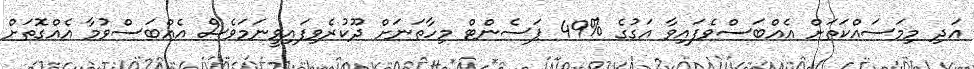
އަދި މިމަސައްކަތަށް އެއްބަސްވެފައިވާ އަގުގެ %49 ޕަސެންޓް މިހާތަނަށް ދޫކުރެވިފައިވީނަމަވެސް އެއްބަސްވުމާ އެއްގޮތަށް